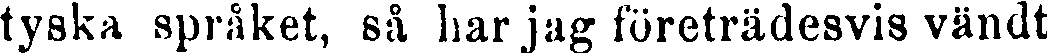
tyska språket, så har jag företrädesvis vändt